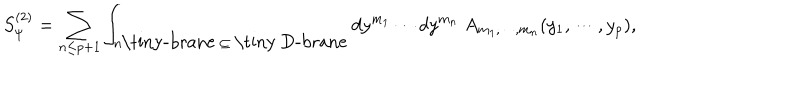
S _ { \psi } ^ { ( 2 ) } = \sum _ { n \leq p + 1 } \int _ { n \mathrm { \tiny - b r a n e } ~ \subseteq ~ \mathrm { \tiny ~ D - b r a n e } } d y ^ { m _ { 1 } } \cdots d y ^ { m _ { n } } ~ A _ { m _ { 1 } , \cdots , m _ { n } } ( y _ { 1 } , \cdots , y _ { p } ) ,